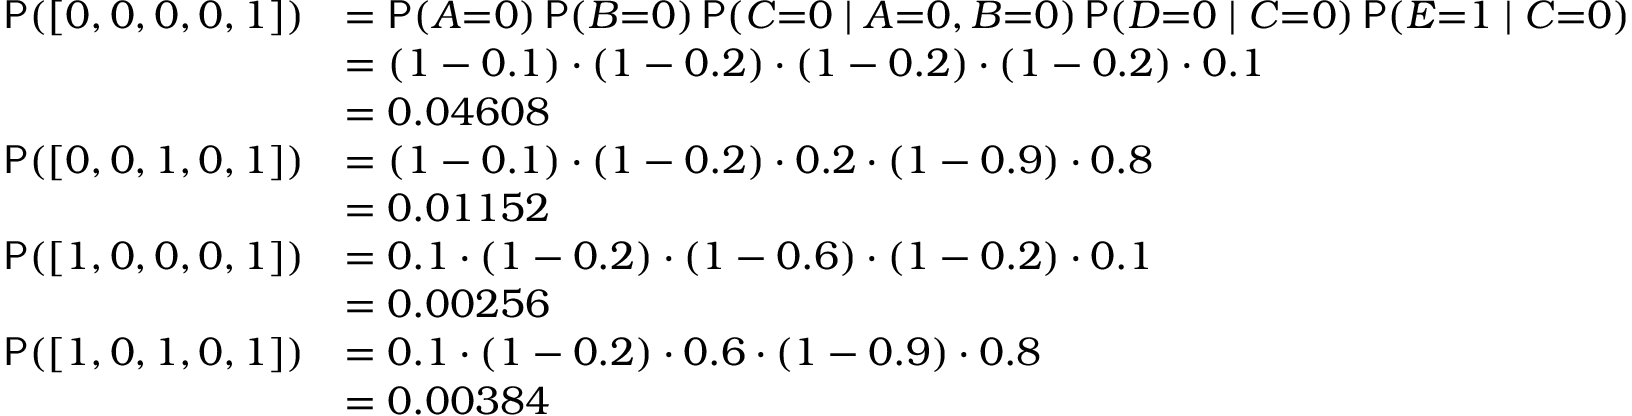
\begin{array} { r l } { \mathsf P ( [ 0 , 0 , 0 , 0 , 1 ] ) } & { = { \small \mathsf P ( A { = } 0 ) \, \mathsf P ( B { = } 0 ) \, \mathsf P ( C { = } 0 \mid A { = } 0 , B { = } 0 ) \, \mathsf P ( D { = } 0 \mid C { = } 0 ) \, \mathsf P ( E { = } 1 \mid C { = } 0 ) } } \\ & { = ( 1 - 0 . 1 ) \cdot ( 1 - 0 . 2 ) \cdot ( 1 - 0 . 2 ) \cdot ( 1 - 0 . 2 ) \cdot 0 . 1 } \\ & { = 0 . 0 4 6 0 8 } \\ { \mathsf P ( [ 0 , 0 , 1 , 0 , 1 ] ) } & { = ( 1 - 0 . 1 ) \cdot ( 1 - 0 . 2 ) \cdot 0 . 2 \cdot ( 1 - 0 . 9 ) \cdot 0 . 8 } \\ & { = 0 . 0 1 1 5 2 } \\ { \mathsf P ( [ 1 , 0 , 0 , 0 , 1 ] ) } & { = 0 . 1 \cdot ( 1 - 0 . 2 ) \cdot ( 1 - 0 . 6 ) \cdot ( 1 - 0 . 2 ) \cdot 0 . 1 } \\ & { = 0 . 0 0 2 5 6 } \\ { \mathsf P ( [ 1 , 0 , 1 , 0 , 1 ] ) } & { = 0 . 1 \cdot ( 1 - 0 . 2 ) \cdot 0 . 6 \cdot ( 1 - 0 . 9 ) \cdot 0 . 8 } \\ & { = 0 . 0 0 3 8 4 } \end{array}